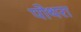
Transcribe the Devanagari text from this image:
पोथरा